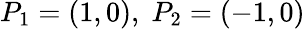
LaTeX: P_{1}=(1,0),\; P_{2}=(-1,0)